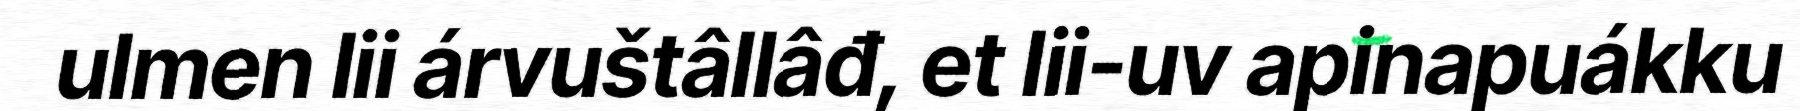
ulmen lii árvuštâllâđ, et lii-uv apinapuákku